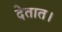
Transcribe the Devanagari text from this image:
देतात।